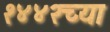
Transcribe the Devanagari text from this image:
१४४२च्या